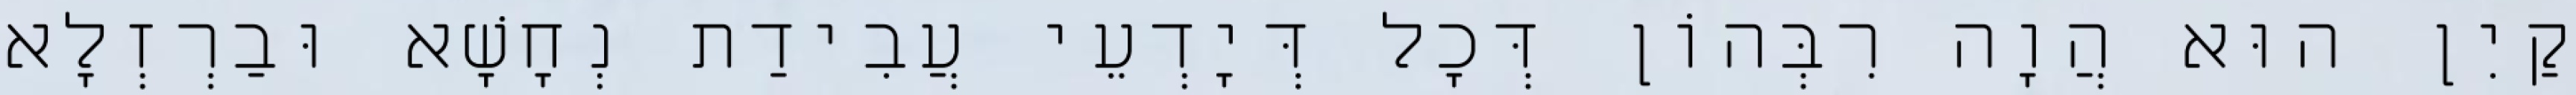
קַיִן הוּא הֲוָה רִבְּהוֹן דְּכָל דְּיָדְעֵי עֲבִידַת נְחָשָׁא וּבַרְזְלָא